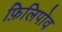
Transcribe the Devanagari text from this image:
फ़िलिपोव